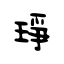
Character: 琤